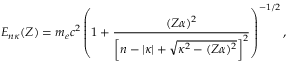
E _ { n \kappa } ( Z ) = m _ { e } c ^ { 2 } \left( 1 + \frac { ( Z \alpha ) ^ { 2 } } { \left[ n - | \kappa | + \sqrt { \kappa ^ { 2 } - ( Z \alpha ) ^ { 2 } } \right] ^ { 2 } } \right) ^ { - 1 / 2 } ,